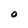
Character: 0